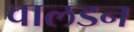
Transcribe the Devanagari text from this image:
वालडन